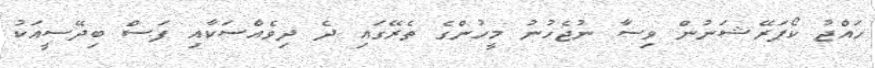
ހައްޖު ކޯޕަރޭޝަނުން ވިސާ ނުޖެހުނު މީހުންގެ ތެރޭގައި ދެ ދިވެއްސަކާއި ފަސް ބިދޭސީއަކު